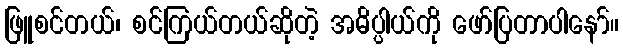
ဖြူစင်တယ်၊ စင်ကြယ်တယ်ဆိုတဲ့ အဓိပ္ပါယ်ကို ဖော်ပြတာပါနော်။